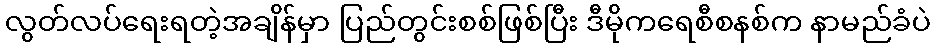
လွတ်လပ်ရေးရတဲ့အချိန်မှာ ပြည်တွင်းစစ်ဖြစ်ပြီး ဒီမိုကရေစီစနစ်က နာမည်ခံပဲ